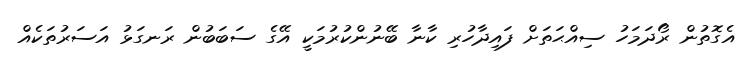
އެގޮތުން ރޯދަމަހު ސިއްޙަތަށް ފައިދާހުރި ކާނާ ބޭނުންކުރުމަކީ އޭގެ ސަބަބުން ރަނގަޅު އަސަރުތަކެއް